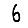
Digit: 6